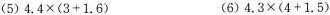
(5)$$4.4\times(3+1.6) $$(6)$$4.3\times(4+1.5)$$